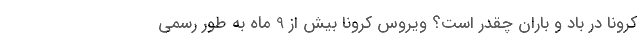
کرونا در باد و باران چقدر است؟ ویروس کرونا بیش از 9 ماه به طور رسمی